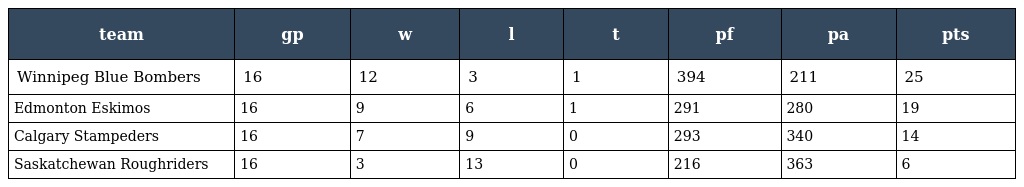
| team | gp | w | l | t | pf | pa | pts |
 | --- | --- | --- | --- | --- | --- | --- | --- |
 | Winnipeg Blue Bombers | 16 | 12 | 3 | 1 | 394 | 211 | 25 |
 | Edmonton Eskimos | 16 | 9 | 6 | 1 | 291 | 280 | 19 |
 | Calgary Stampeders | 16 | 7 | 9 | 0 | 293 | 340 | 14 |
 | Saskatchewan Roughriders | 16 | 3 | 13 | 0 | 216 | 363 | 6 |